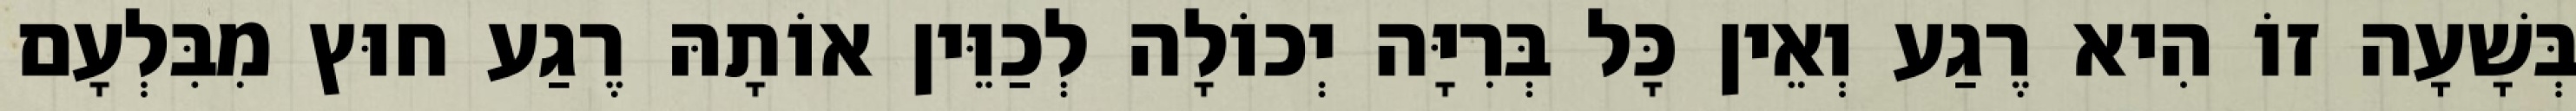
בְּשָׁעָה זוֹ הִיא רֶגַע וְאֵין כָּל בְּרִיָּה יְכוֹלָה לְכַוֵּין אוֹתָהּ רֶגַע חוּץ מִבִּלְעָם